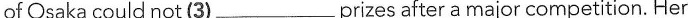
of 〇saka could not (3)___prizes after a major competition. Her